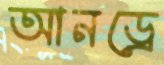
আনড্রে